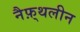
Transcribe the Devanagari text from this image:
नैफ़्थलीन